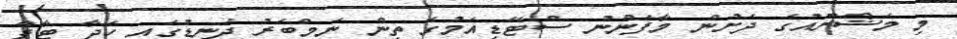
މި މަޝްރޫއުގެ ދަށުން މާފަންނު ސްޓޭޑިއަމުގެ ތިން ނަމްބަރު ދަނޑުގައި ހަދާ ޓާފް